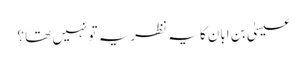
عیسیٰ بن ابان کا یہ نظریہ تو نہیں تھا ؟